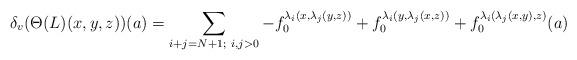
LaTeX: \begin{align*}\delta_v(\Theta(L)(x,y,z))(a)=\sum_{i+j=N+1;~ i,j>0}-f_0^{\lambda_i(x,\lambda_j(y,z))}+f_0^{\lambda_i(y,\lambda_j(x,z))}+f_0^{\lambda_i(\lambda_j(x,y),z)}(a)\end{align*}